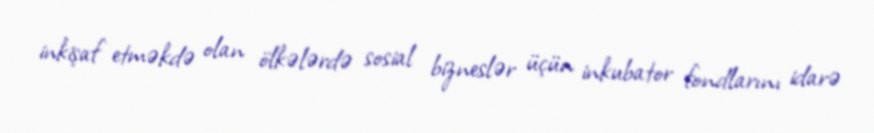
inkişaf etməkdə olan ölkələrdə sosial bizneslər üçün inkubator fondlarını idarə